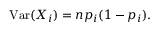
\operatorname { V a r } ( X _ { i } ) = n p _ { i } ( 1 - p _ { i } ) .